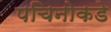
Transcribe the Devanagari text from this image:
पचिनोकडे